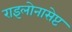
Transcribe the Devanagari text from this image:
राइलोनासेप्ट